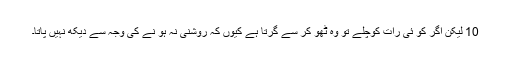
10 لیکن اگر کو ئی رات کوچلے تو وہ ٹھو کر سے گرتا ہے کیوں کہ روشنی نہ ہو نے کی وجہ سے دیکھ نہیں پاتا۔